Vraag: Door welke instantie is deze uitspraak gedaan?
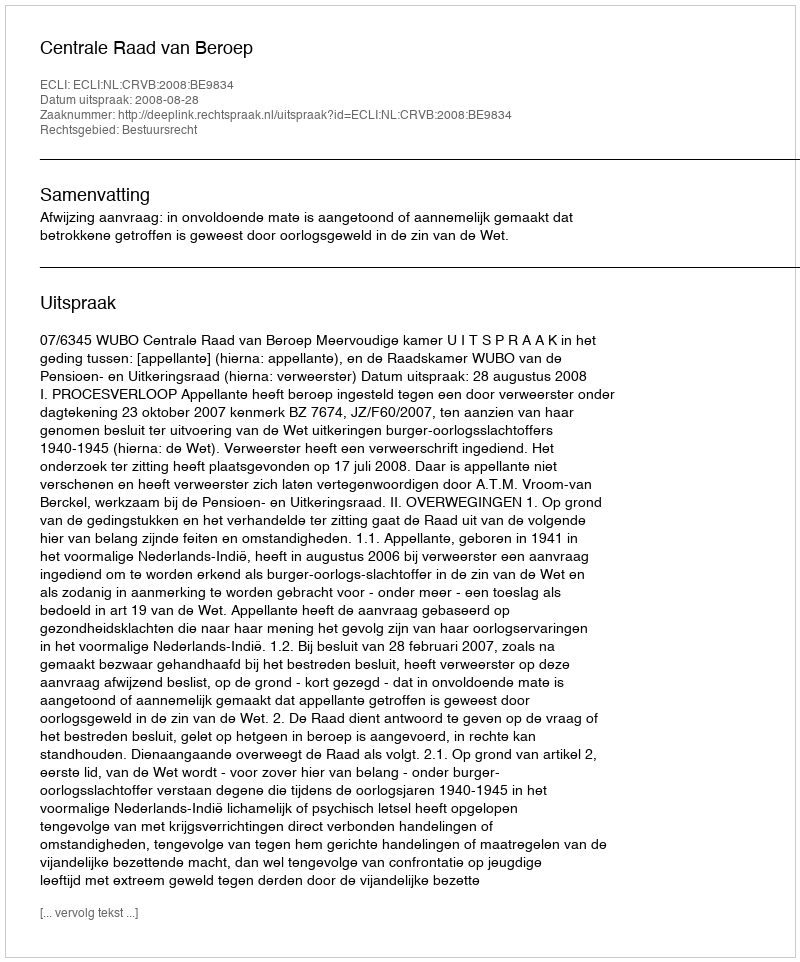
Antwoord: Centrale Raad van Beroep